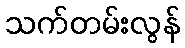
သက်တမ်းလွန်